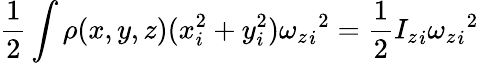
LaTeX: {\frac{1}{2}}\int\rho(x,y,z)(x_{i}^{2}+y_{i}^{2}){{\omega_{z}}_{i}}^{2}={\frac{1}{2}}{I_{z}}_{i}{{\omega_{z}}_{i}}^{2}